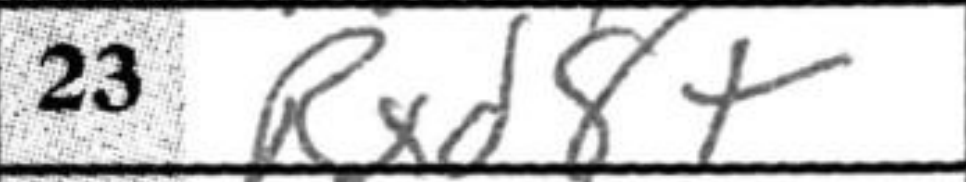
Transcription: Rxd8+